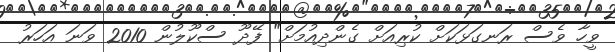
ވީހާ ވެސް ރަނގަޅަކަށް ކުރިއަށް ގެންދިއުމަށް" ފޭދޫ ސްކޫލުން 2010 ވަނަ އަހަރު